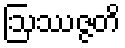
ဩဿဇ္ဇတိ